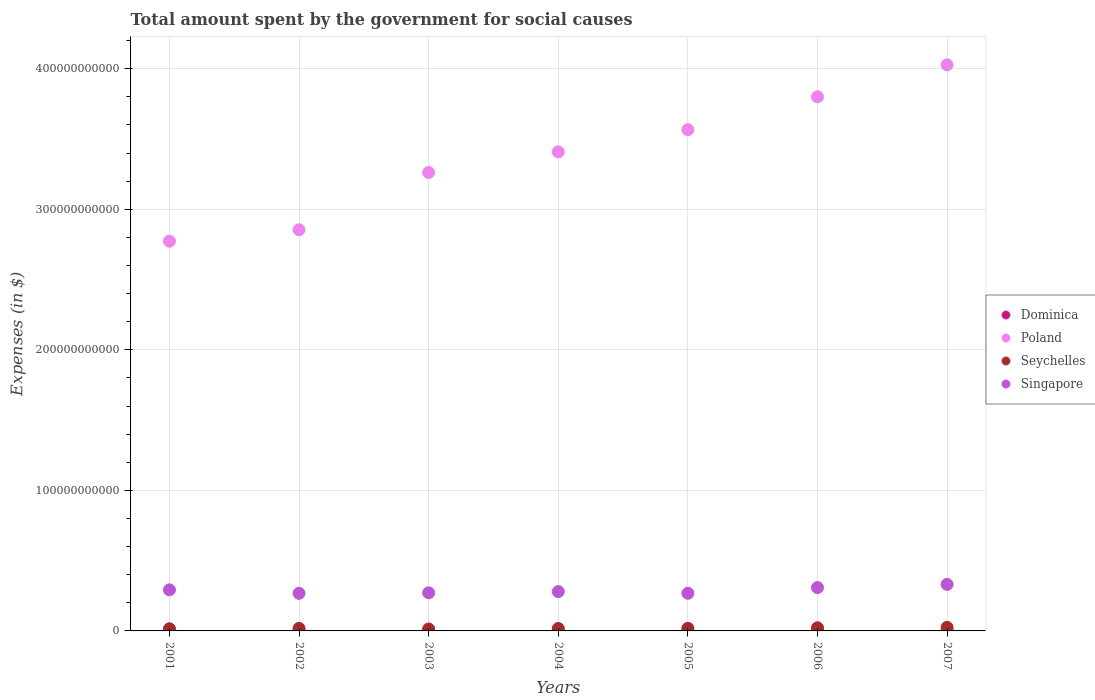
| Years | Dominica | Poland | Seychelles | Singapore |
 | --- | --- | --- | --- | --- |
 | 2001 | 2.38e+08 | 2.77e+11 | 1.53e+09 | 2.92e+10 |
 | 2002 | 2.31e+08 | 2.85e+11 | 1.81e+09 | 2.68e+10 |
 | 2003 | 2.32e+08 | 3.26e+11 | 1.37e+09 | 2.71e+10 |
 | 2004 | 2.33e+08 | 3.41e+11 | 1.74e+09 | 2.8e+10 |
 | 2005 | 2.37e+08 | 3.57e+11 | 1.83e+09 | 2.68e+10 |
 | 2006 | 2.44e+08 | 3.8e+11 | 2.22e+09 | 3.08e+10 |
 | 2007 | 2.68e+08 | 4.03e+11 | 2.52e+09 | 3.31e+10 |